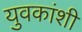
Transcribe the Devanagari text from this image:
युवकांशी